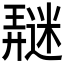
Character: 𰻖